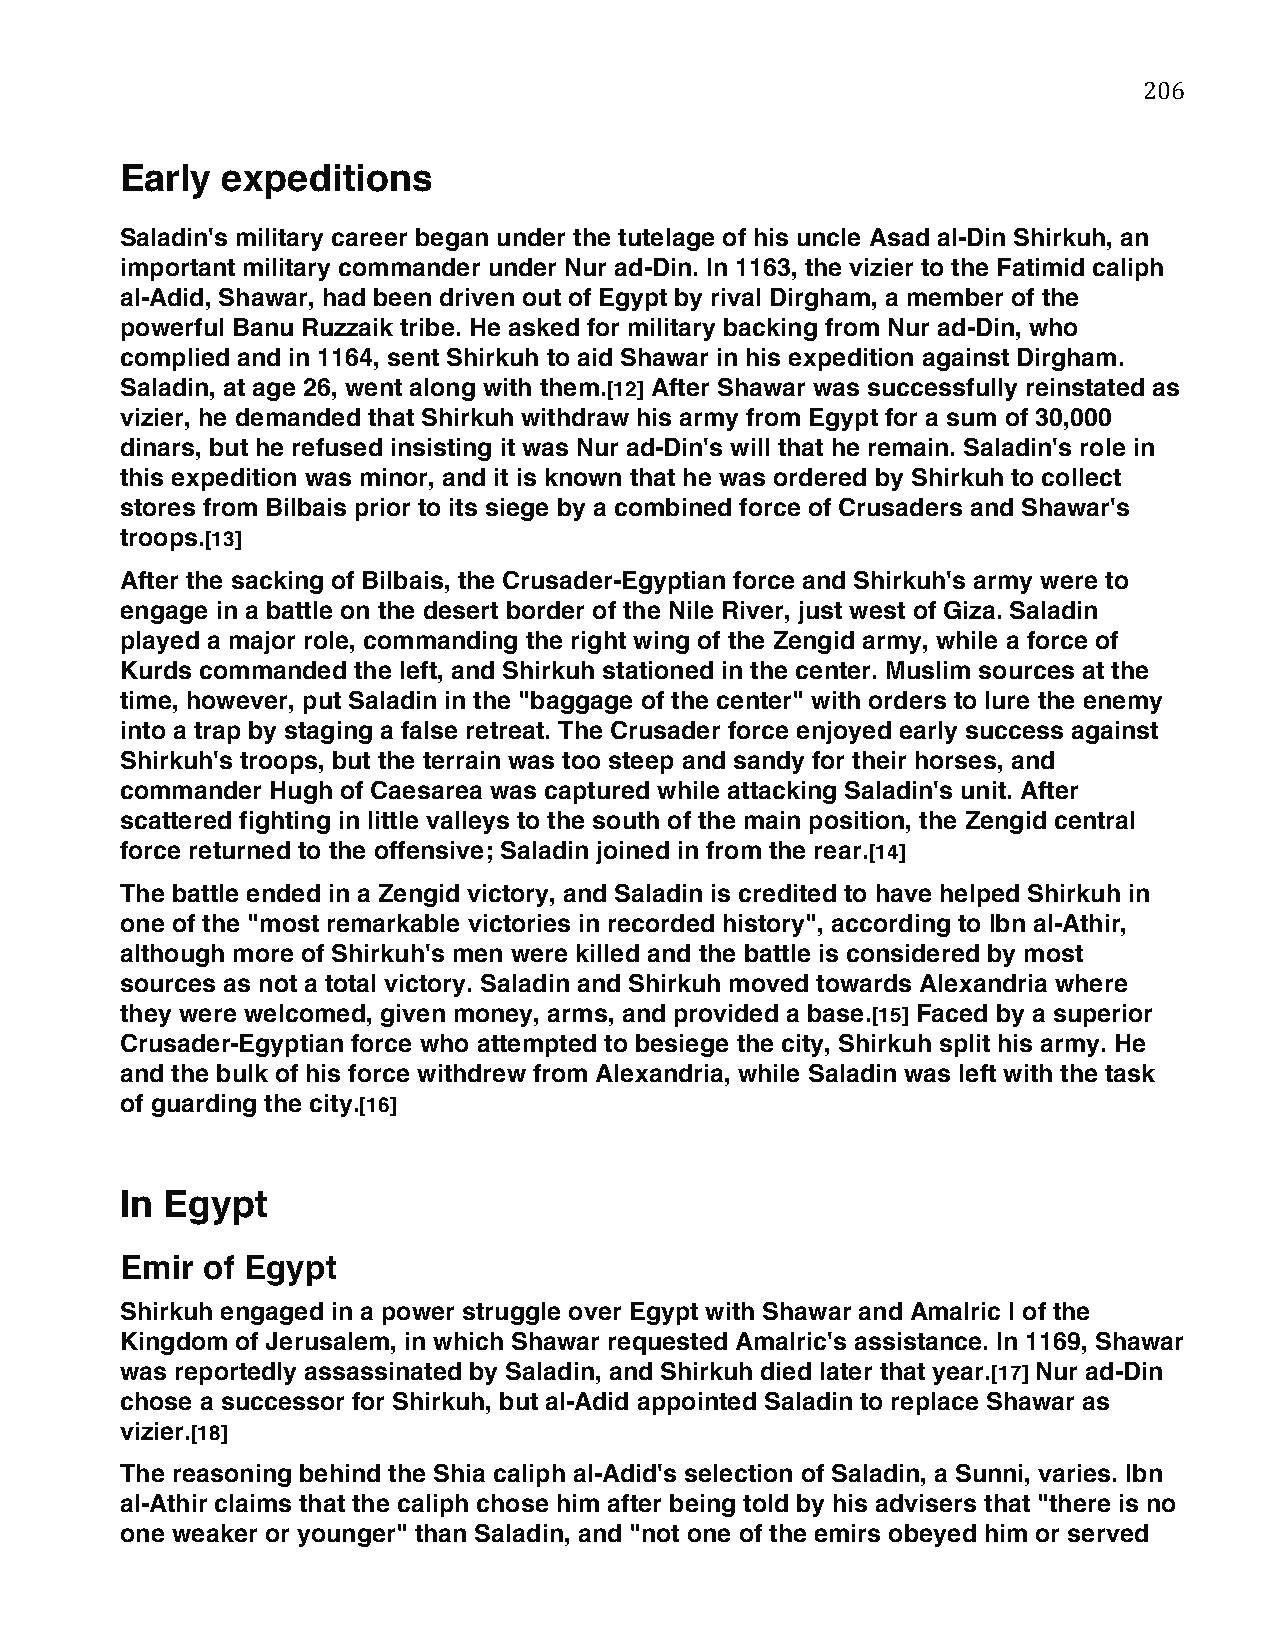
206
 Early  expeditions
 Saladin's military career began under the tutelage of his uncle Asad al-Din Shirkuh, an
 important military commander under Nur ad-Din. In 1163, the vizier to the Fatimid caliph
 al-Adid, Shawar, had been driven out of Egypt by rival Dirgham, a member of the
 powerful Banu Ruzzaik tribe. He asked for military backing from Nur ad-Din, who
 complied and in 1164, sent Shirkuh to aid Shawar in his expedition against Dirgham.
 Saladin, at age 26, went along with them.[12] After Shawar was successfully reinstated as
 vizier, he demanded that Shirkuh withdraw his army from Egypt for a sum of 30,000
 dinars, but he refused insisting it was Nur ad-Din's will that he remain. Saladin's role in
 this expedition was minor, and it is known that he was ordered by Shirkuh to collect
 stores from Bilbais prior to its siege by a combined force of Crusaders and Shawar's
 troops.[13]
 After the sacking of Bilbais, the Crusader-Egyptian force and Shirkuh's army were to
 engage in a battle on the desert border of the Nile River, just west of Giza. Saladin
 played a major role, commanding the right wing of the Zengid army, while a force of
 Kurds commanded the left, and Shirkuh stationed in the center. Muslim sources at the
 time, however, put Saladin in the "baggage of the center" with orders to lure the enemy
 into a trap by staging a false retreat. The Crusader force enjoyed early success against
 Shirkuh's troops, but the terrain was too steep and sandy for their horses, and
 commander Hugh of Caesarea was captured while attacking Saladin's unit. After
 scattered fighting in little valleys to the south of the main position, the Zengid central
 force returned to the offensive; Saladin joined in from the rear.[14]
 The battle ended in a Zengid victory, and Saladin is credited to have helped Shirkuh in
 one of the "most remarkable victories in recorded history", according to Ibn al-Athir,
 although more of Shirkuh's men were killed and the battle is considered by most
 sources as not a total victory. Saladin and Shirkuh moved towards Alexandria where
 they were welcomed, given money, arms, and provided a base.[15] Faced by a superior
 Crusader-Egyptian force who attempted to besiege the city, Shirkuh split his army. He
 and the bulk of his force withdrew from Alexandria, while Saladin was left with the task
 of guarding the city.[16]
 In Egypt
 Emir of Egypt
 Shirkuh engaged in a power struggle over Egypt with Shawar and Amalric I of the
 Kingdom of Jerusalem, in which Shawar requested Amalric's assistance. In 1169, Shawar
 was reportedly assassinated by Saladin, and Shirkuh died later that year.[17] Nur ad-Din
 chose a successor for Shirkuh, but al-Adid appointed Saladin to replace Shawar as
 vizier.[18]
 The reasoning behind the Shia caliph al-Adid's selection of Saladin, a Sunni, varies. Ibn
 al-Athir claims that the caliph chose him after being told by his advisers that "there is no
 one weaker or younger" than Saladin, and "not one of the emirs obeyed him or served